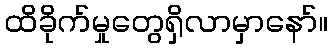
ထိခိုက်မှုတွေရှိလာမှာနော်။